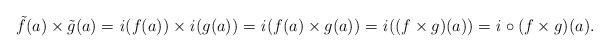
LaTeX: \begin{align*} \tilde{f}(a)\times \tilde{g}(a)=\mathit{i}(f(a))\times \mathit{i}(g(a))=\mathit{i}(f(a)\times g(a))=\mathit{i}((f\times g)(a))=\mathit{i}\circ (f\times g)(a). \end{align*}